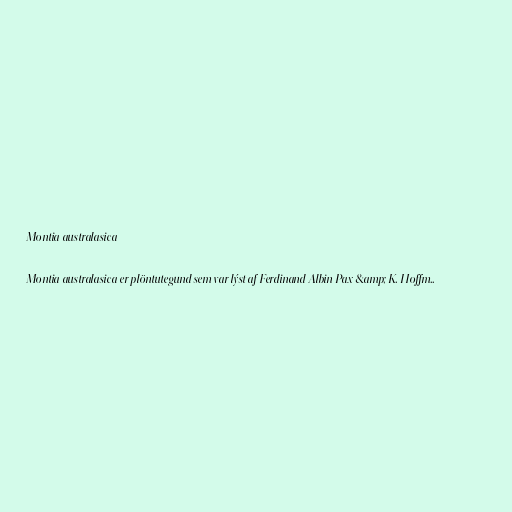
Montia australasica

Montia australasica er plöntutegund sem var lýst af Ferdinand Albin Pax &amp; K. Hoffm..